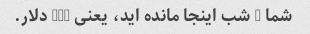
شما 3 شب اینجا مانده اید، یعنی 230 دلار.